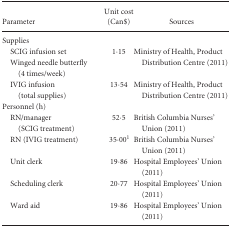
<table><thead><tr><td><b>Parameter</b></td><td><b>Unit cost (Can$)</b></td><td><b>Sources</b></td></tr></thead><tbody><tr><td colspan="3">Supplies</td></tr><tr><td>SCIG infusion set Winged needle butterfly (4 times/week)</td><td>1·15</td><td>Ministry of Health, Product Distribution Centre (2011)</td></tr><tr><td>IVIG infusion (total supplies)</td><td>13·54</td><td>Ministry of Health, Product Distribution Centre (2011)</td></tr><tr><td colspan="3">Personnel (h)</td></tr><tr><td>RN/manager (SCIG treatment)</td><td>52·5</td><td>British Columbia Nurses&#x27; Union (2011)</td></tr><tr><td>RN (IVIG treatment)</td><td>35·00</td><td>British Columbia Nurses&#x27; Union (2011)</td></tr><tr><td>Unit clerk</td><td>19·86</td><td>Hospital Employees&#x27; Union (2011)</td></tr><tr><td>Scheduling clerk</td><td>20·77</td><td>Hospital Employees&#x27; Union (2011)</td></tr><tr><td>Ward aid</td><td>19·86</td><td>Hospital Employees&#x27; Union (2011)</td></tr></tbody></table>